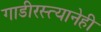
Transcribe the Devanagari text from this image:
गाडीरस्त्यानेही